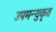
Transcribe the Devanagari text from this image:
उपमन्युकृत